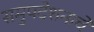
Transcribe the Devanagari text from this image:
समुपदेशनाचे